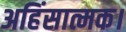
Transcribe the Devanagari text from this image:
अहिंसात्मक।